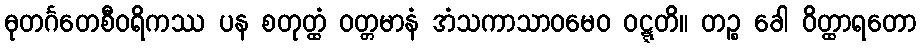
ဓုတင်္ဂတေစီဝရိကဿ ပန စတုတ္ထံ ဝတ္တမာနံ အံသကာသာဝမေဝ ဝဋ္ဋတိ။ တဉ္စ ခေါ ဝိတ္ထာရတော